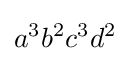
a^{3}b^{2}c^{3}d^{2}